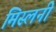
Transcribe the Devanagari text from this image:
मिस्लनी